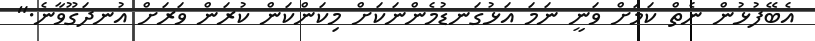
އެބޭފުޅުން ނެތް ކަމަށް ވަނީ ނަމަ އަޅުގަނޑުމެންނަކަށް މިކަންކަން ކުރަން ވަރަށް އުނދަގޫވާނެ."